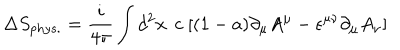
\Delta S _ { p h y s . } = { \frac { i } { 4 \pi } } \int d ^ { 2 } x \, \; c \; [ ( 1 - a ) \partial _ { \mu } A ^ { \mu } - \epsilon ^ { \mu \nu } \partial _ { \mu } A _ { \nu } ]